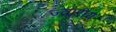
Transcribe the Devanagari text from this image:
ज्‍वारीय